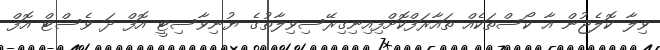
ވިލާ ކޮލެޖުން އާ ކޯސްތަކެއް ތައާރަފްކޮށްފިއިނިގިރޭސިވިލާތުގެ ޔުނިވާސިޓީ އޮފް ދަ ވެސްޓް އޮފް